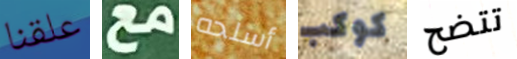
علقنا مع أسلحه كوكب تتضح